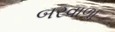
બરવાળા